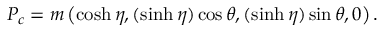
P _ { c } = m \left( \cosh \eta , ( \sinh \eta ) \cos \theta , ( \sinh \eta ) \sin \theta , 0 \right) .